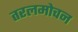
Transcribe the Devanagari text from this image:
तरलमोचन